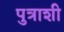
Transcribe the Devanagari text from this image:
पुत्राशी